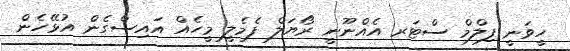
ހީވަނީ ފިލްމް ސްޓަރ އެއްނޫނީ ރޯޔަލް ފެމެލީ މީހެއް އައިސްގެން އުޅޭހެން